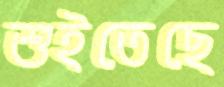
শুইতেছে